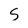
Character: s